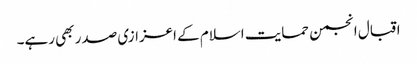
اقبال انجمن حمایت اسلام کے اعزازی صدر بھی رہے۔